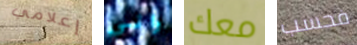
إعلامي واني معك فحسب